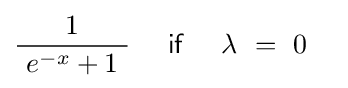
{\frac {1}{\ e^{-x}+1\ }}\quad ~{\mathsf {if}}~\quad \lambda \ =\ 0\quad